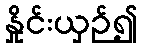
နှိုင်းယှဉ်၍